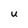
Character: U